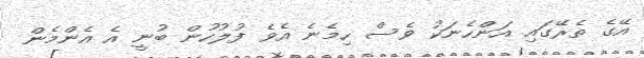
އޭގެ ތެރޭގައި އަންހެނަކު ވެސް ހިމެނެ އެވެ ފުލުހުން ބުނީ އެ އެންމެން